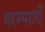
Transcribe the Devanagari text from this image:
परम्पराएॅ